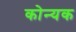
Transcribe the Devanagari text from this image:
कोन्यक